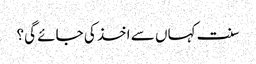
سنت کہاں سے اخذ کی جائے گی؟